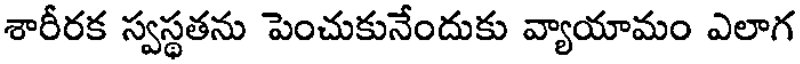
శారీరక స్వస్థతను పెంచుకునేందుకు వ్యాయామం ఎలాగ